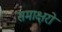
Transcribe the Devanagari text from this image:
समाक्षरों